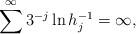
LaTeX: \begin{align*}\sum^\infty 3^{-j}\ln h^{-1}_{j}=\infty,\end{align*}